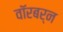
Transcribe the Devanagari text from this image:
वॉरबर्न